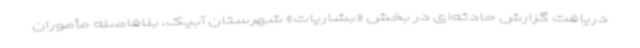
دریافت گزارش حادثه‌ای در بخش «بشاریات» شهرستان آبیک، بلافاصله مأموران